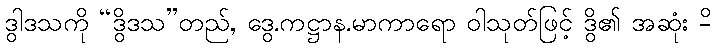
ဒွါဒသကို “ဒွိဒသ”တည်, ဒွေ.ကဋ္ဌာန.မာကာရော ဝါသုတ်ဖြင့် ဒွိ၏ အဆုံး -ိ